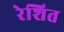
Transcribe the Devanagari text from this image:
रेशित